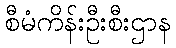
စီမံကိန်းဦးစီးဌာန